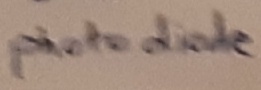
Text: photo dioe